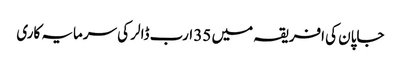
جاپان کی افریقہ میں 35 ارب ڈالر کی سرمایہ کاری